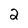
Character: 2